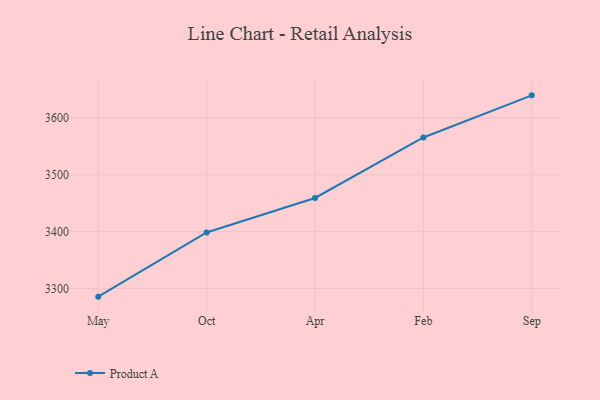
{"axis": {"x": "Month", "y": "Customer Acquisition Cost (USD)"}, "legend": ["Product A"], "data": [{"x": "May", "y": 3285.6, "type": "Product A"}, {"x": "Oct", "y": 3398.4, "type": "Product A"}, {"x": "Apr", "y": 3459.1, "type": "Product A"}, {"x": "Feb", "y": 3565.5, "type": "Product A"}, {"x": "Sep", "y": 3639.6, "type": "Product A"}]}